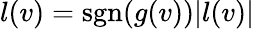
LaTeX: l(v)=\operatorname{sgn}(g(v))|l(v)|